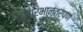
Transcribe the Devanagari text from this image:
शुभारंभानंतरपण